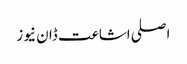
اصلی اشاعت ڈان نیوز